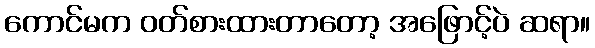
ကောင်မက ဝတ်စားထားတာတော့ အဖြောင့်ပဲ ဆရာ။